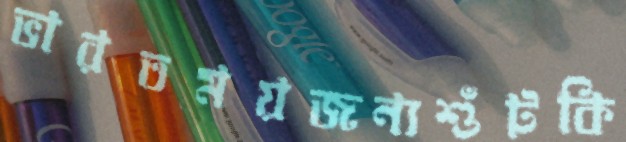
ভারতময়জন্যশুঁটকি